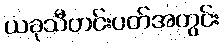
ယခုသီတင်းပတ်အတွင်း